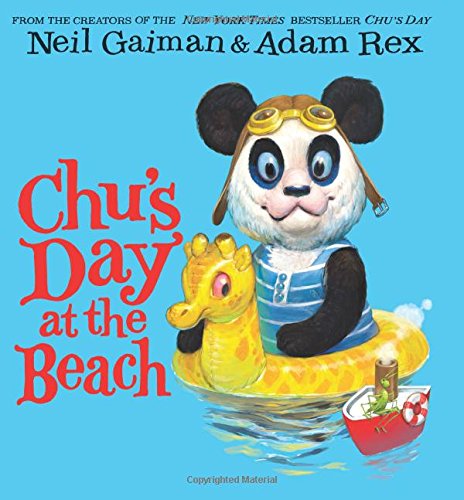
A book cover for Chu's Day at the Beach; Neil Gaiman; Children's Books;